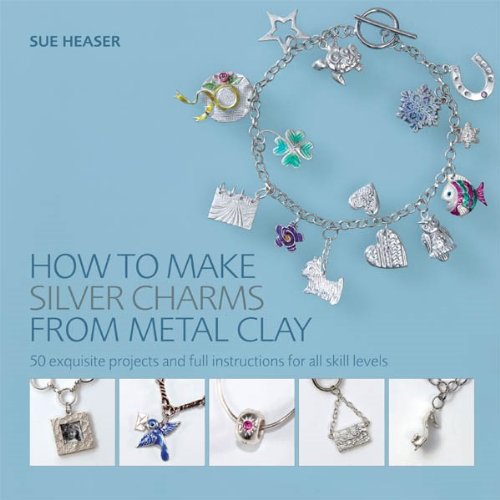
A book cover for How to Make Silver Charms from Metal Clay: 50 Exquisite Projects and Full Instructions for All Skill Levels; Sue Heaser; Crafts, Hobbies & Home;